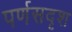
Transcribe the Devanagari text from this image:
पर्णसदृश